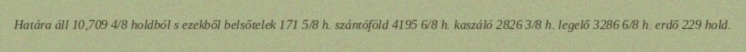
Határa áll 10,709 4/8 holdból s ezekből belsőtelek 171 5/8 h. szántóföld 4195 6/8 h. kaszáló 2826 3/8 h. legelő 3286 6/8 h. erdő 229 hold.